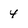
Character: 4